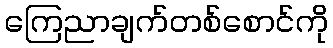
ကြေညာချက်တစ်စောင်ကို